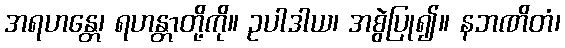
အရဟန္တေ၊ ရဟန္တာတို့ကို။ ဥပါဒါယ၊ အစွဲပြု၍။ နဘဏိတံ၊